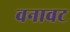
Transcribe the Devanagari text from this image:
वनावट